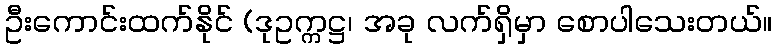
ဦးကောင်းထက်နိုင် (ဒုဥက္ကဋ္ဌ၊ အခု လက်ရှိမှာ စောပါသေးတယ်။